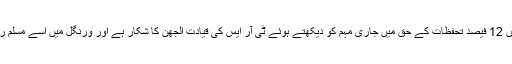
بتایا جاتا ہے کہ تلنگانہ کے تمام اضلاع میں 12 فیصد تحفظات کے حق میں جاری مہم کو دیکھتے ہوئے ٹی آر ایس کی قیادت الجھن کا شکار ہے اور ورنگل میں اسے مسلم رائے دہندوں کے موقف کا اندازہ ہوجائے گا۔